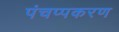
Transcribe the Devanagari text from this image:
पंचप्पकरण